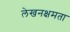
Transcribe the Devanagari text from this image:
लेखनक्षमता